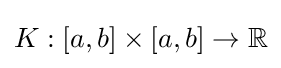
K:[a,b]\times [a,b]\rightarrow \mathbb {R}